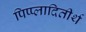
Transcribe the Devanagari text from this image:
पिप्प्लादितीर्थ